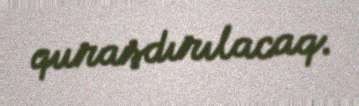
quraşdırılacaq.